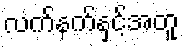
လက်နက်နှင့်အတူ